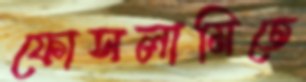
ফোসলামিতে